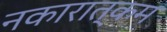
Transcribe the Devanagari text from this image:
नकारात्‍कम